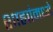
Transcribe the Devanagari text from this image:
शाह्यांमध्ये